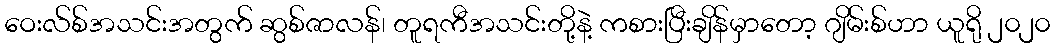
ဝေးလ်စ်အသင်းအတွက် ဆွစ်ဇာလန်၊ တူရကီအသင်းတို့နဲ့ ကစားပြီးချိန်မှာတော့ ဂျိမ်းစ်ဟာ ယူရို ၂၀၂၀